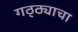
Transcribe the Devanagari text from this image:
गठ्ठ्याचा